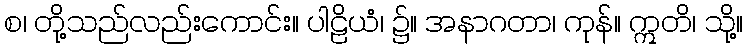
စ၊ တို့သည်လည်းကောင်း။ ပါဠိယံ၊ ၌။ အနာဂတာ၊ ကုန်။ ဣတိ၊ သို့။